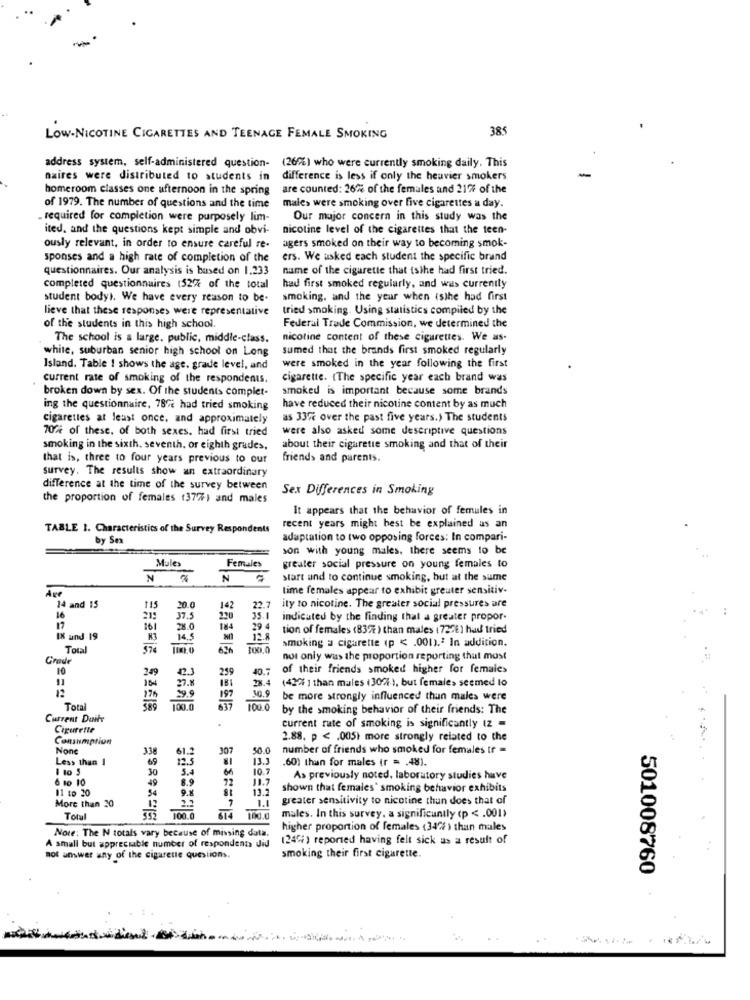
385
LOW-NICOTINE CIGARETTES AND TEENAGE FEMALE SMOKING
address system, self-administered question-
(26%) who were currently smoking daily. This
-
naires were distributed to students in
difference is less if only the heavier smokers
homeroom classes one afternoon in the spring
are counted: 26% of the females and 2177 of the
of 1979. The number of questions and the time
male> were smoking over five cigarettes a day.
. required for completion were purposely lim-
Our major concern in this study was the
ited, and the questions kept simple and obvi-
nicotine level of the cigarettes that the teen-
ously relevant, in order to ensure careful re-
agers smoked on their way to becoming smok-
sponses and a high rate of completion of the
ers. We asked each student the specific brand
questionnaires. Our analysis is based on 1.233
name of the cigarette that tsihe had first tried.
completed questionnaires 152% of the total
had first smoked regularly, and was currently
student body). We have every reason to be-
smoking, and the year when isthe had first
lieve that these responses were representative
tried smoking. Using statistics compiled by the
of the students in this high school.
Federal Trade Commission, we determined the
The school is a large. public, middle-class.
nicotine content of these cigarettes. We as-
sumed that the brands first smoked regularly
white, suburban senior high school on Long
Island. Table ! shows the age. grade level, and
were smoked in the year following the first
current rate of smoking of the respondents.
cigarette. (The specific year each brand was
broken down by sex. Of the students complet-
smoked is important because some brands
ing the questionnaire, 78% had tried smoking
have reduced their nicotine content by as much
cigarettes at least once, and approximately
as 33% over the past five years.> The students
70% of these, of both sexes. had first tried
were also asked some descriptive questions
smoking in the sixth, seventh. or eighth grades.
about their cigarette smoking and that of their
that is, three to four years previous to our
friends and parents.
survey. The results show an extraordinary
difference at the time of the survey between
Sex Differences in Smoking
the proportion of females (377%) and males
It appears that the behavior of femules in
TABLE 1. Characteristics of the Survey Respondents
recent years might best be explained as an
by Se
adaptation to two opposing forces: In compari-
son with young males, there seems to be
Mules
Females
greater social pressure on young females to
N
start and to continue smoking, but at the sume
time females appear to exhibit greater sensitiv-
14 and 15
115
20.0
142
22.
ity to nicotine. The greater social pressures are
..
16
215
37.5
indicated by the finding that a greater propor-
17
101
28.0
29 4
tion of females (837% ) than males (72261 had tried
IX und 19
K3
14,5
12.8
Total
376
smoking a cigarette (p < . 000).ª In addition.
Grade
not only was the proportion reporting that most
10
249
42.3
259
40.7
of their friends smoked higher for females
104
27.8
28.4 (427/ 1 than males (30%-), but female> seemed to
175
99
199
30.9 be more strongly influenced thun males were
Total
100.0
100.0
by the smoking behavior of their friends: The
Current Duifr
Cigurette
current rate of smoking is significantly (z =
Consumption
2.88, p < . 005) more strongly related to the
338
61.2
307
50.0
number of friends who smoked for females tr =
Less than
12.5
13.3
.60) than for males (r = . 48).
1 10 3
30
69
5.4
66
10.7
6 10 10
49
8.9
72
11.7
As previously noted, laboratory studies have
11 to 20
9.8
shown that females' smoking behavior exhibits
More than 20
34
greater sensitivity to nicotine than does that of
Totul
100.0
814 100.0
males. In this survey. a significantly (p < . 001)
Note: The N totals vary because of missing data.
higher proportion of females (34% ) than males
(24Gi) reported having felt sick as a result of
A small but appreciable number of respondents did
not answer any of the cigarette questions.
smoking their first cigarette
501008760